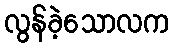
လွန်ခဲ့သောလက